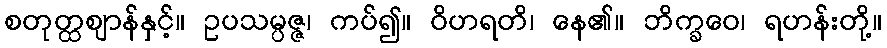
စတုတ္ထဈာန်နှင့်။ ဥပသမ္ပဇ္ဇ၊ ကပ်၍။ ဝိဟရတိ၊ နေ၏။ ဘိက္ခဝေ၊ ရဟန်းတို့။